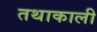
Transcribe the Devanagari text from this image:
तथाकाली